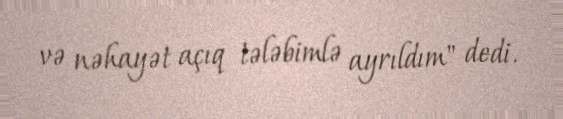
və nəhayət açıq tələbimlə ayrıldım" dedi.